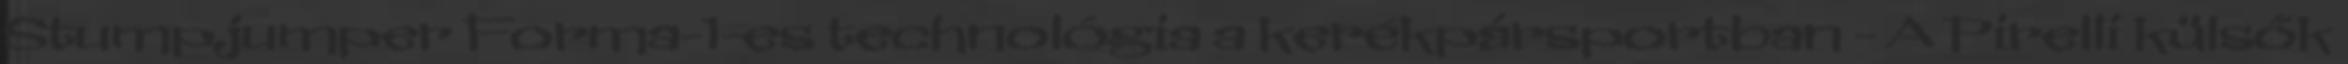
Stumpjumper Forma-1-es technológia a kerékpársportban - A Pirelli külsők